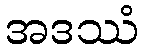
အဒဿံ